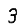
Digit: 3